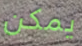
يمكن